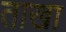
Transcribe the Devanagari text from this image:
ताखा